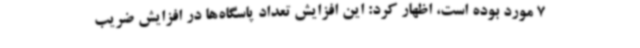
7 مورد بوده است، اظهار کرد: این افزایش تعداد پاسگاه‌ها در افزایش ضریب